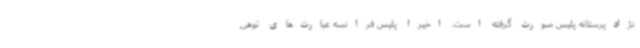
نژادپرستانه پلیس صورت گرفته است. اخیرا پلیس فرانسه عبارت‌های توهی